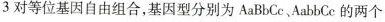
3对等位基因自由组合，基因型分别为AaBbCc、AabbCc的两个